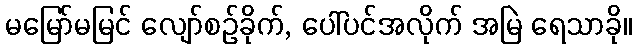
မမြော်မမြင် လျော်စဉ်ခိုက်, ပေါ်ပင်အလိုက် အမြဲ ရေသာခို။